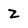
Character: Z